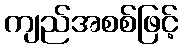
ကျည်အစစ်ဖြင့်